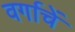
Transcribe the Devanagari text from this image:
वर्गाचें